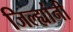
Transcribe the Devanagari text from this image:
जिल्ह्यांनी